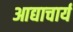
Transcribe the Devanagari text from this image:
आद्याचार्य